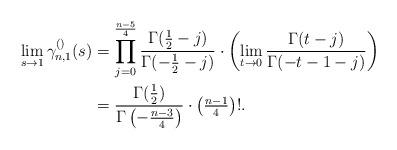
LaTeX: \begin{align*}\lim_{s\to 1}\gamma_{n,1}^{()}(s) & =\prod_{j=0}^{\frac{n-5}{4}}\frac{\Gamma(\tfrac{1}{2}-j)}{\Gamma(-\tfrac{1}{2}-j)} \cdot\left(\lim_{t\to 0}\frac{\Gamma(t-j)}{\Gamma(-t-1-j)}\right) \\& =\frac{\Gamma(\tfrac{1}{2})}{\Gamma\left(-\tfrac{n-3}{4}\right)}\cdot \left(\tfrac{n-1}{4}\right)!.\end{align*}